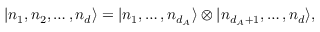
| n _ { 1 } , n _ { 2 } , \ldots , n _ { d } \rangle = | n _ { 1 } , \ldots , n _ { d _ { A } } \rangle \otimes | n _ { d _ { A } + 1 } , \ldots , n _ { d } \rangle ,